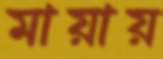
মায়ায়